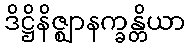
ဒိဋ္ဌိနိဇ္ဈာနက္ခန္တိယာ